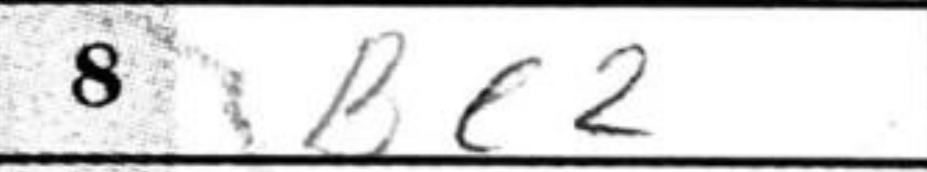
Transcription: Bc2